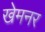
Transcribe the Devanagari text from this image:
खेमनर